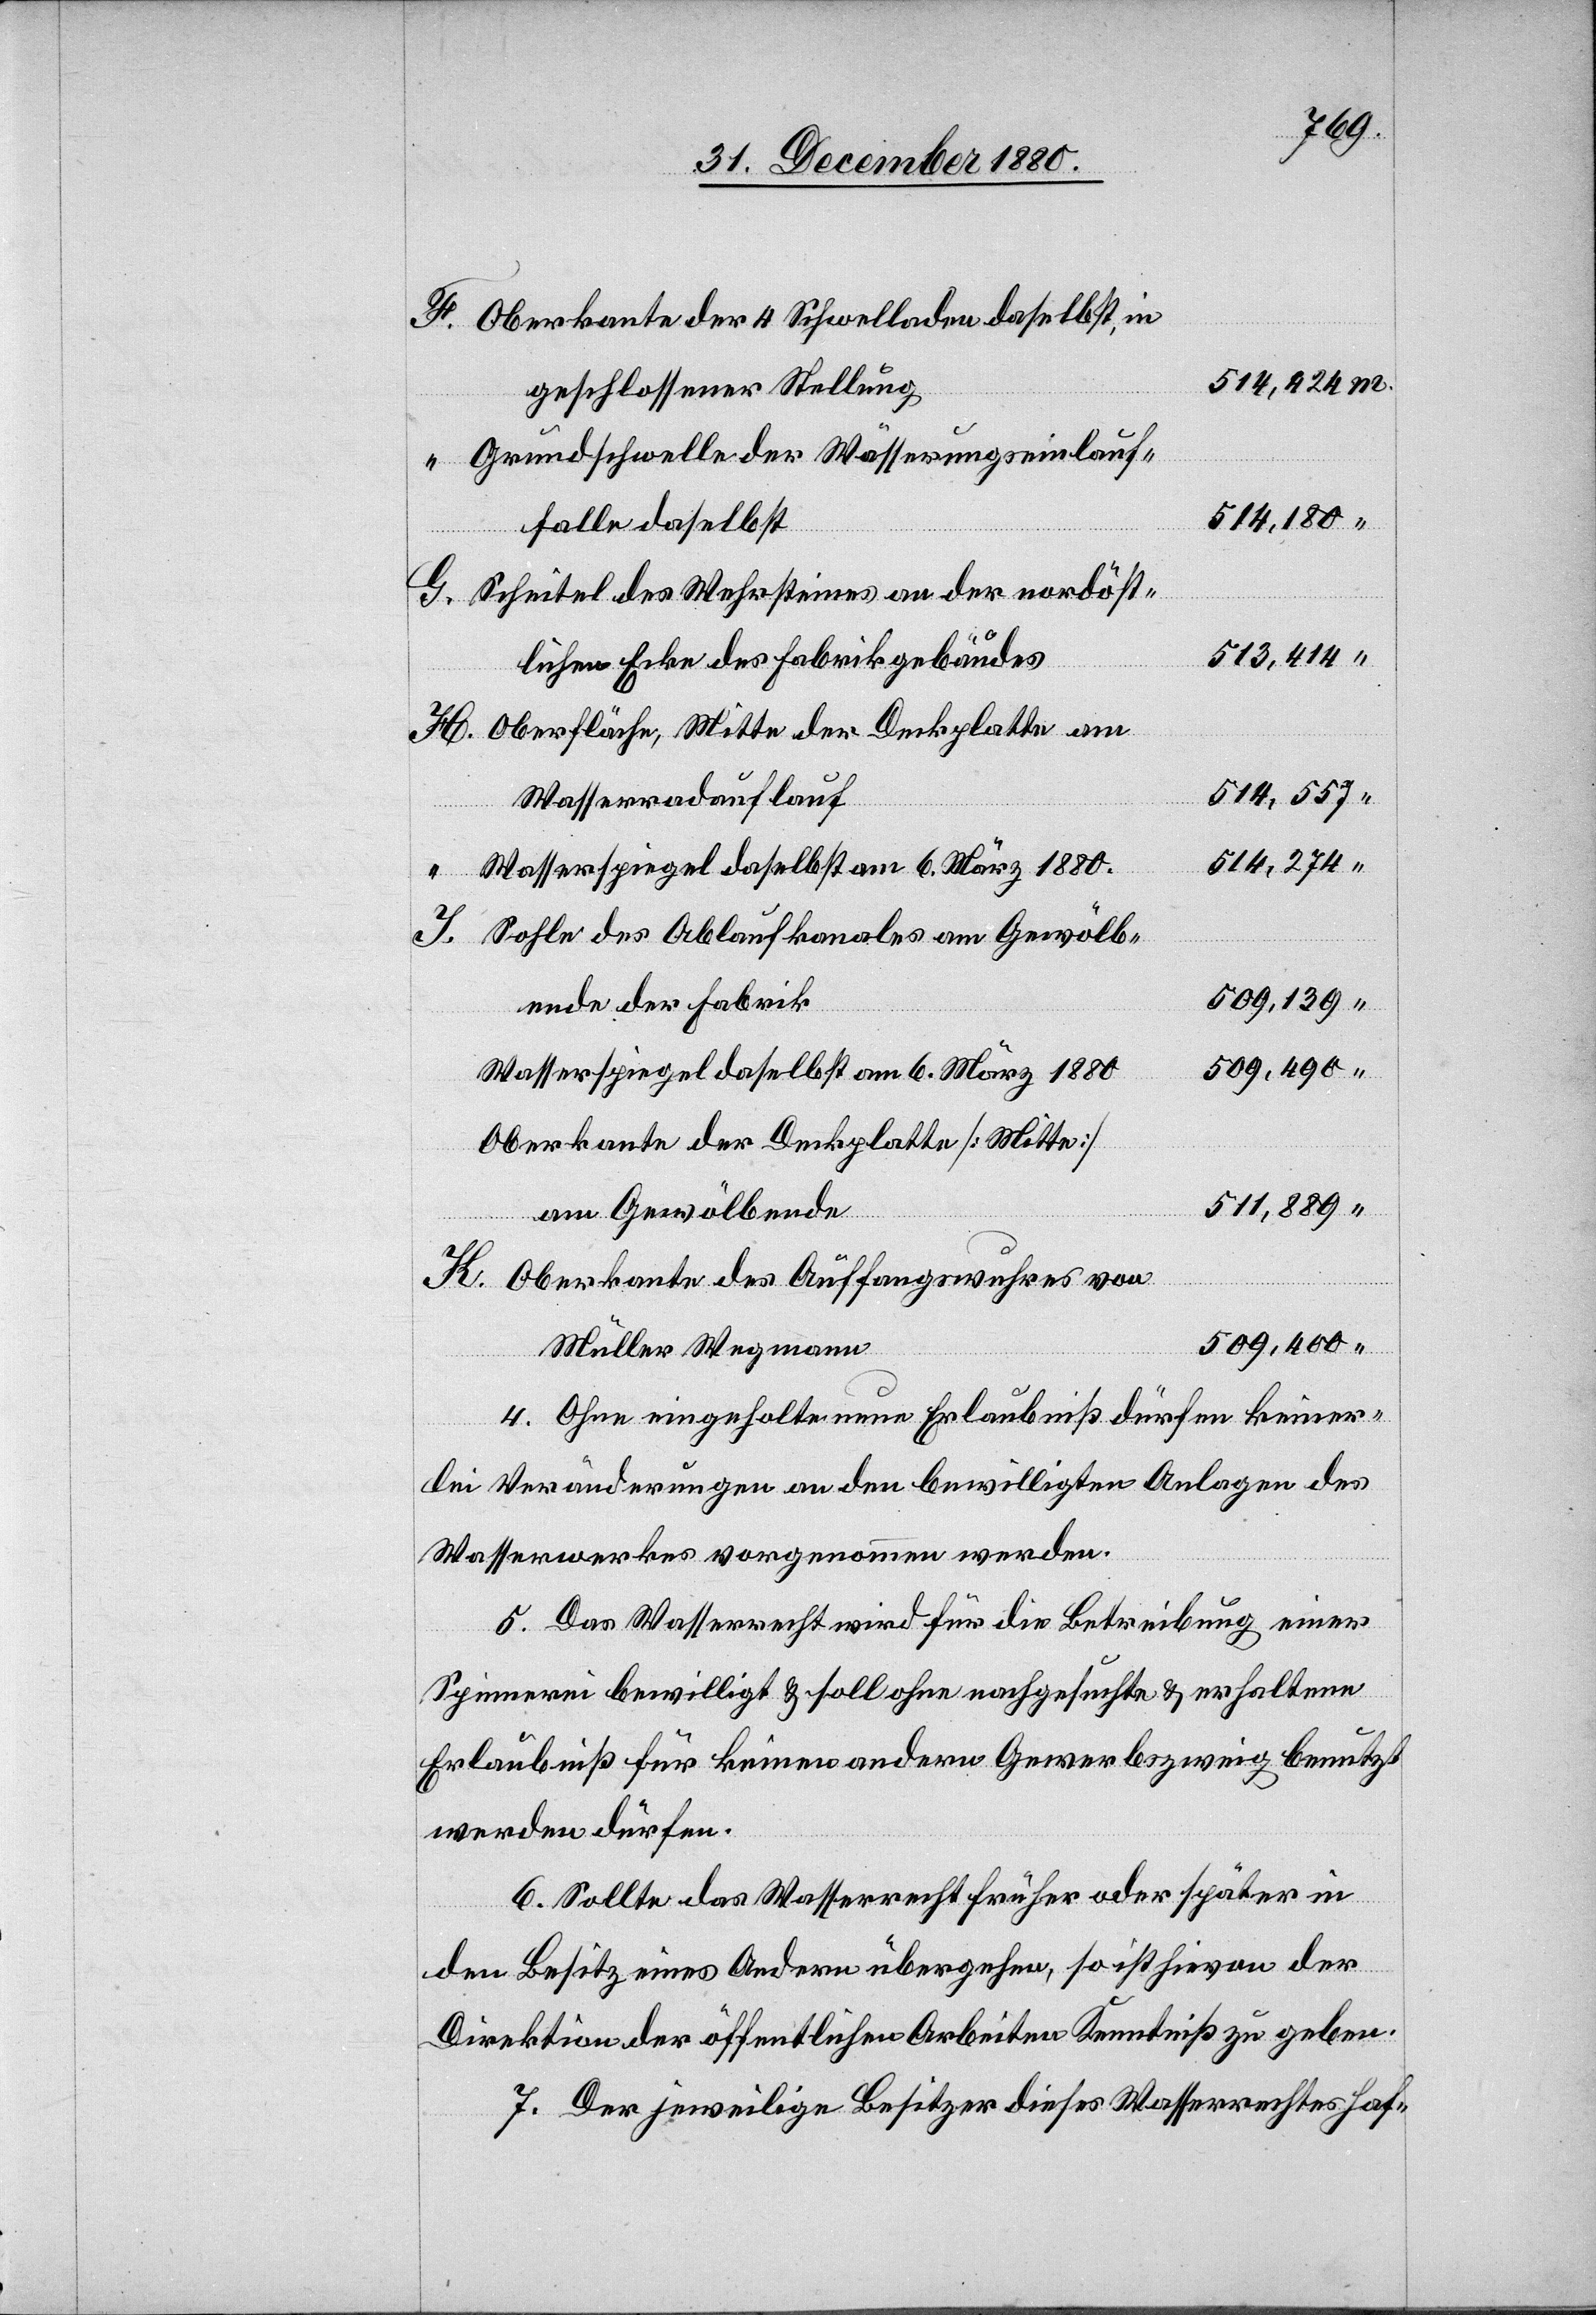
Oberkante der 4 Schwellladen daselbst, in
geschlossener Stellung
Grundschwelle der Wässerungseinlauf¬
514,180
falle daselbst
Scheitel des Wehrsteines an der nordöst¬
513,414
lichen Ecke des Fabrikgebäudes
Oberfläche, Mitte der Deckplatte am
514,557
Wasserraddurchlauf
514,274
Sohle des Ablaufkanales am Gewölb¬
509,139
ende der Fabrik
509,400
Wasserspiegel daselbst am 6. März 1880
Oberkante der Deckplatte [Mitte]
511,889
am Gewölbende
Oberkante des Auffangswuhres von
Müller Wegmann
4. Ohne eingeholte neue Erlaubniß dürfen keiner¬
lei Veränderungen an den bewilligten Anlagen des
Wasserwerkes vorgenommen werden.
5. Das Wasserrecht wird für die Betreibung einer
Spinnerei bewilligt & soll ohne nachgesuchte & erhaltene
Erlaubniß für keinen andern Gewerbszweig benutzt
werden dürfen.
6. Sollte das Wasserrecht früher oder später in
den Besitz eines Andern übergehen, so ist hievon der
Direktion der öffentlichen Arbeiten Kenntniß zu geben.
7. Der jeweilige Besitzer dieses Wasserrechtes haf-